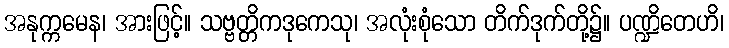
အနုက္ကမေန၊ အားဖြင့်။ သဗ္ဗတ္တိကဒုကေသု၊ အလုံးစုံသော တိက်ဒုက်တို့၌။ ပဏ္ဍိတေဟိ၊